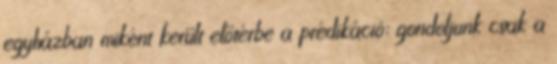
egyházban miként került előtérbe a prédikáció: gondoljunk csak a